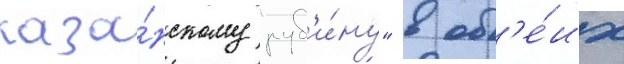
каза́нскому "руб'и́ну" в об'е́их